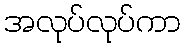
အလုပ်လုပ်ကာ